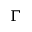
\Gamma